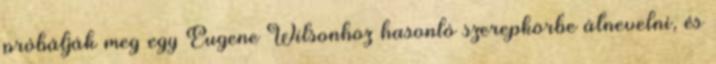
próbálják meg egy Eugene Wilsonhoz hasonló szerepkörbe átnevelni, és